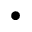
\bullet